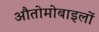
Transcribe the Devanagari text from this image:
औतोमोबाइलों